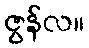
ဇွန်လ။